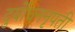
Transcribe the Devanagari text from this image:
दुर्योधननृपती